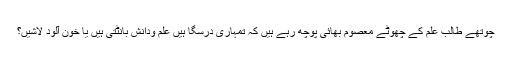
چوتھے طالب علم کے چھوٹے معصوم بھائی پوچھ رہے ہیں کہ تمہاری درسگا ہیں علم ودانش بانٹتی ہیں یا خون آلود لاشیں؟